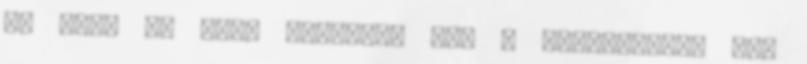
és lépj be vele Klikkelj ide A szavazáshoz VIP